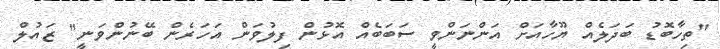
"ތިހާބޮޑު ބަދަލެއް ޔޫހާއަށް އަންނަންވީ ސަބަބެއް އޮޅުން ފިލުވަން އަހަރެން ބޭނުންވަނީ" ޒައުލް